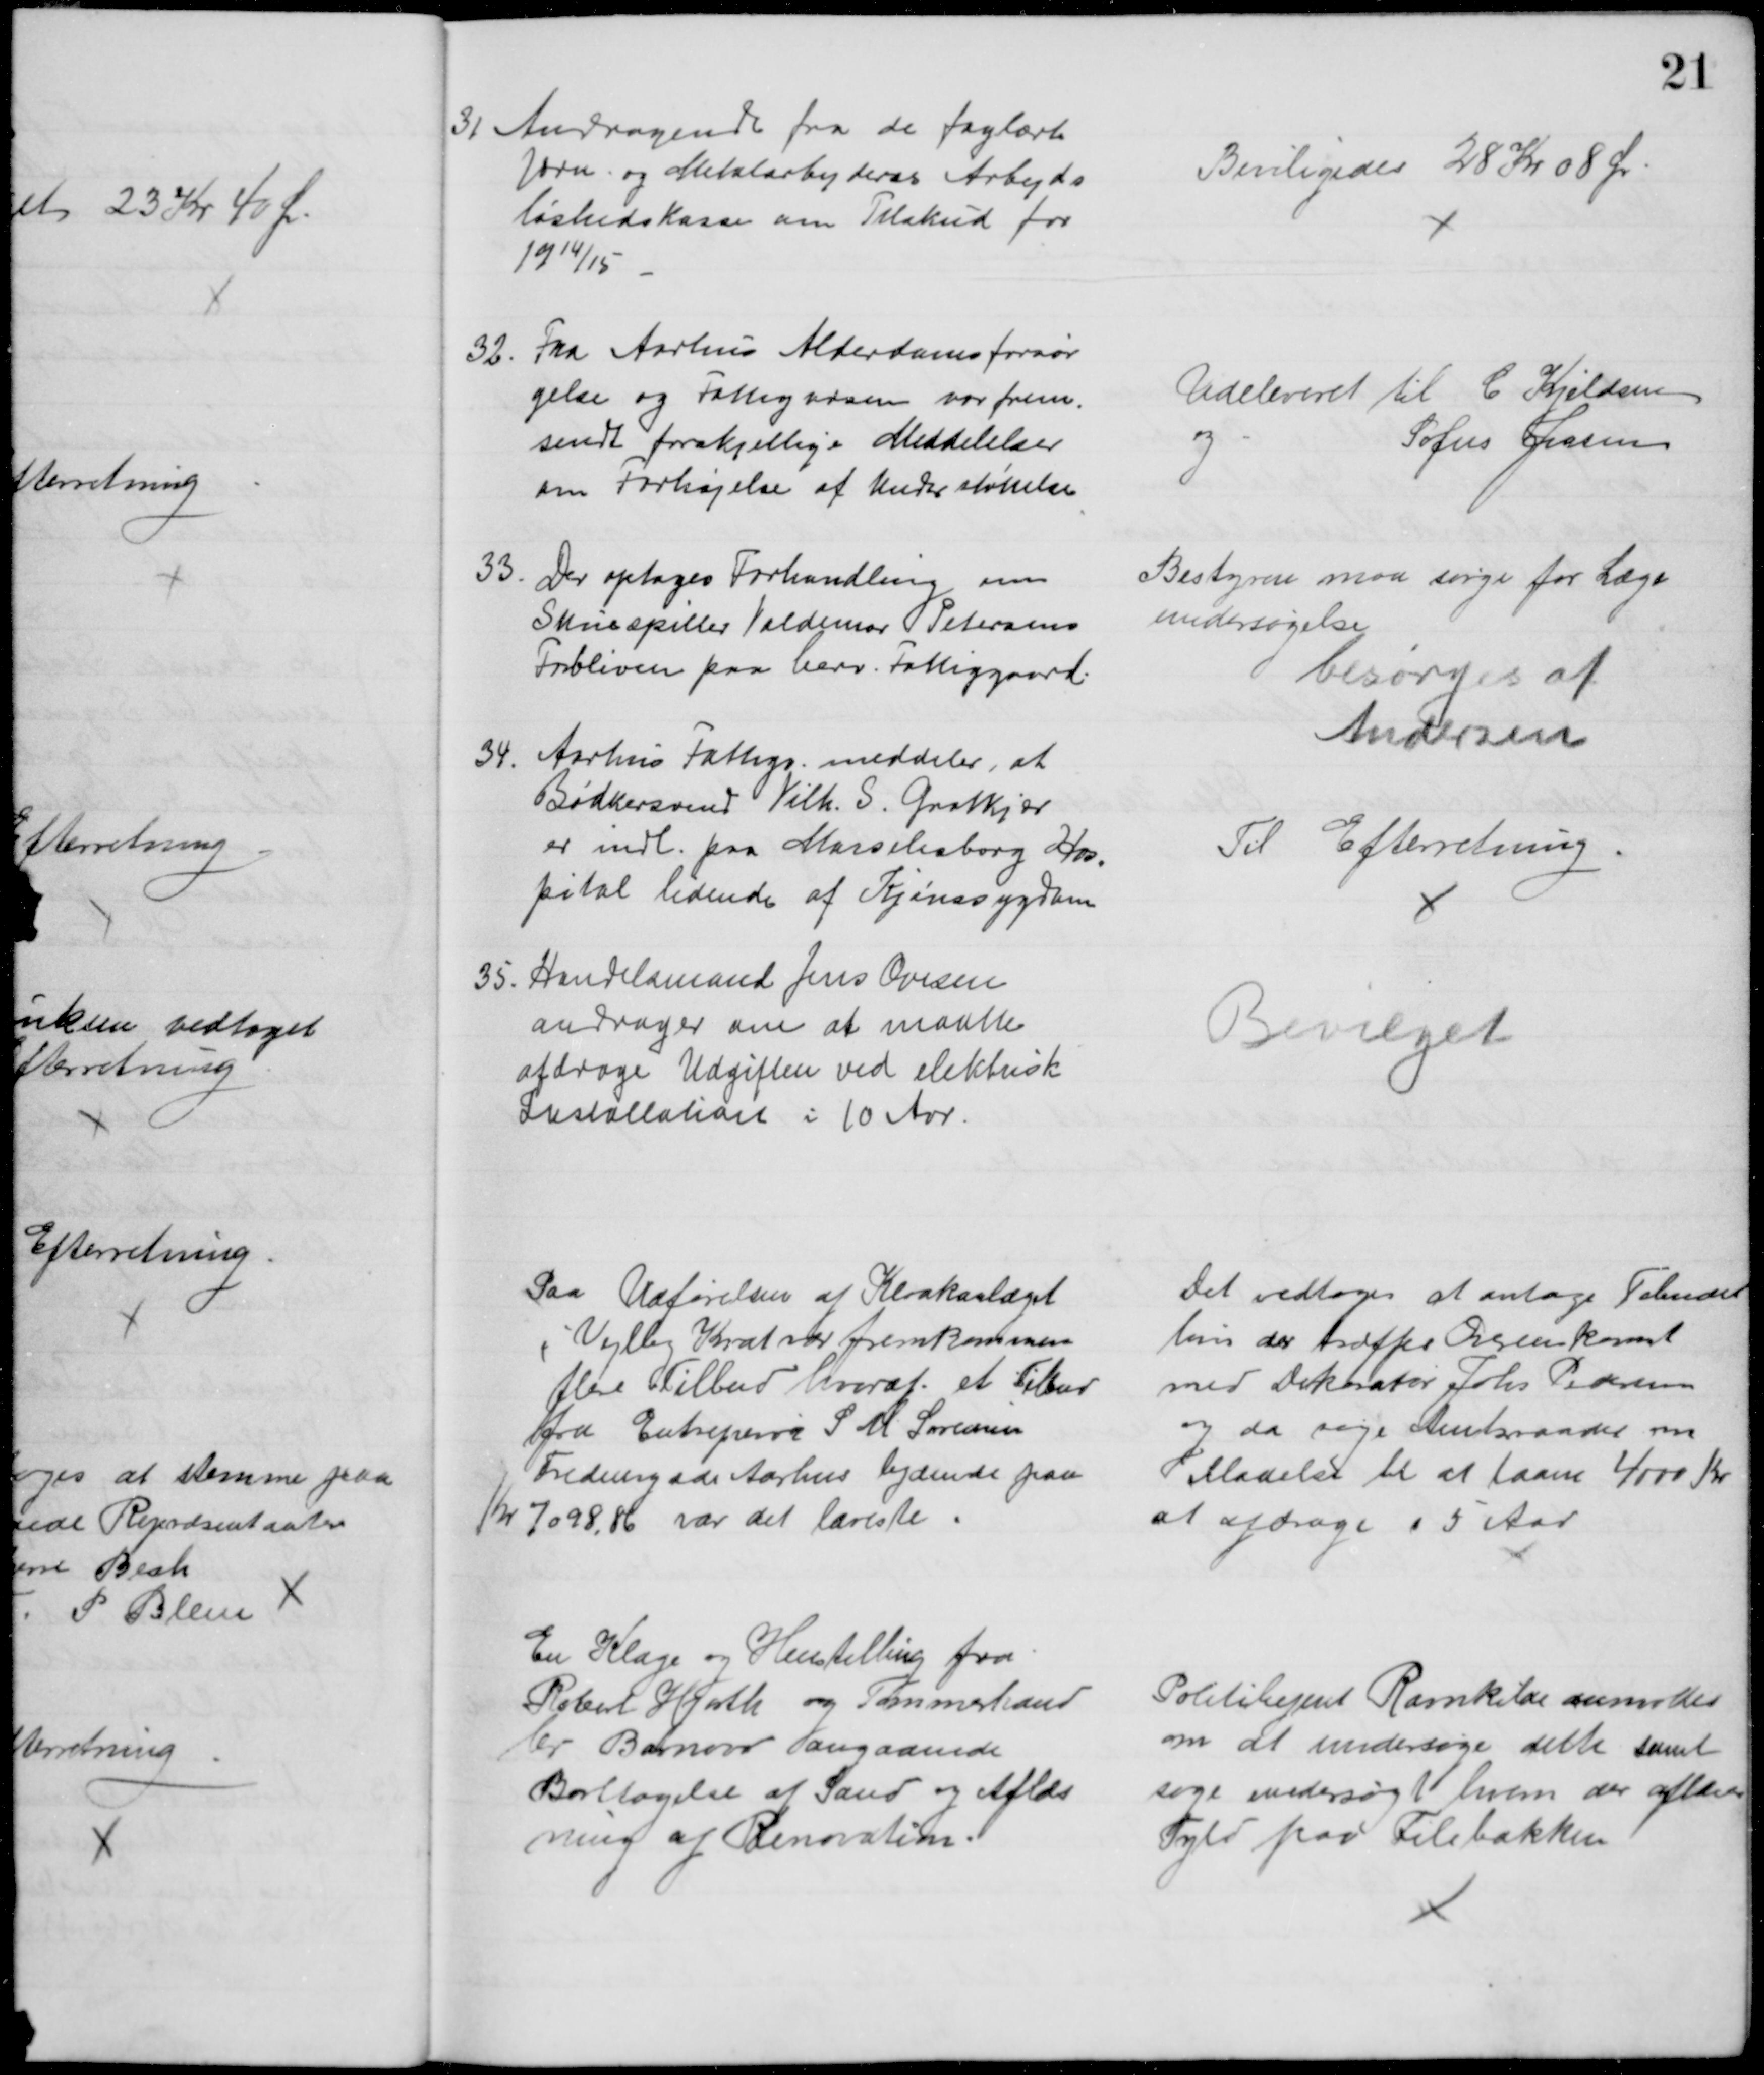
Transskription:
31 Andragende fra de faglærte
Jærn og Metalarbejderes Arbejds
løshedskasse om Tilskud for 
1914/15
Beviligedes 28 Kr 08 Ør
32
Fra Aarhus Alderdomsforsør
gelse og Fattigvæsen var frem-
sendt forskjellige Meddelelser
om Forhøjelse af Understøttelse
Udeleveret til C. Kjeldsen
og
Sofus Jensen
33
Der optages Forhandling om
Skuespiller Valdemar Petersens
Forbliven paa herv. Fattiggaard.
Bestyreren maa sørge for Læge
undersøgelse
besørges af
Andersen
34
Aarhus Fattigv. meddeler, at
Bødkersvend Vilh. S. Grotkjær
er indl. paa Marselisborg Hos-
pital lidende af Kjønssygdom
Til Efterretning
35. Handelsmand Jens Ovesen
andrager om at maatte
afdrage Udgiften ved elektrisk
Installation i 10 Aar.
Bevilget
Paa Udførelsen af Kloakanlæget
i Vejlby Krat var fremkommen
flere Tilbud hvoraf et Tilbud
fra Entrepenør S. M. Sørensen
Fredensgade Aarhus lydende paa 
Kr 7098,86 var det laveste.
Det vedtoges at antage Tebudet
hvis der træffes Overenskomst
med Dekoratør Johs. Pedersen
og da søge Amtsraadet om 
Tilladelse til at laane 4000 Kr
at afdrage i 5 Aar
En Klage og Henstilling fra
Robert Hjorth og Tømmerhand
ler Barnow angaaende
Borttagelse af Sand og Aflæs
ning af Renovation.
Politibetjent Ravnkilde anmodes
om at undersøge dette samt
søge undersøgt hvem der afleverer
Fyld paa Filebakken